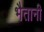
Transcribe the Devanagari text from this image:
भैतानी